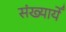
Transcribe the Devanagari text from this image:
संख्यायेँ